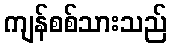
ကျန်စစ်သားသည်